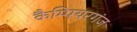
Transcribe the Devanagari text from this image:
कैम्पियरगंज